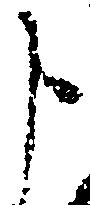
申